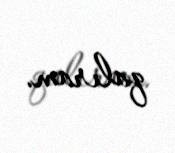
qalıram.